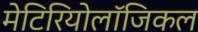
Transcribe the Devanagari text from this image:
मेटिरियोलॉजिकल